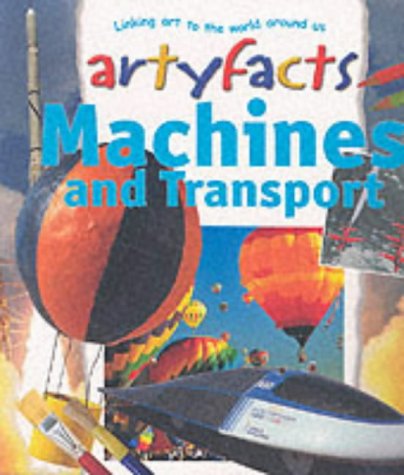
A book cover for Machines and Transport (Artyfacts); John Stringer; Children's Books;